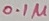
Text: 0.1µ